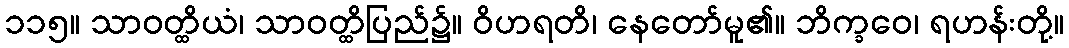
၁၁၅။ သာဝတ္ထိယံ၊ သာဝတ္ထိပြည်၌။ ဝိဟရတိ၊ နေတော်မူ၏။ ဘိက္ခဝေ၊ ရဟန်းတို့။